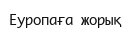
Еуропаға жорық